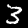
Digit: 3